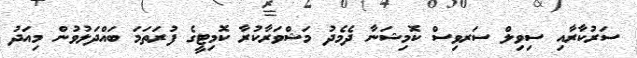
ސަރުކާރާއި ސިވިލް ސަރވިސް ކޮމިޝަނާ ދެމެދު މަޝްވަރާކުރާ ކޮމިޓީގެ ފުރަތަމަ ބައްދަލުވުން މިއަދު